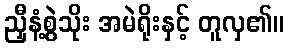
ညှီနံ့စွဲသိုး အမဲရိုးနှင့် တူလှ၏။